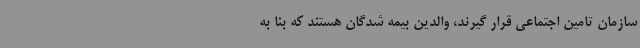
سازمان تامین اجتماعی قرار گیرند، والدین بیمه شدگان هستند که بنا به